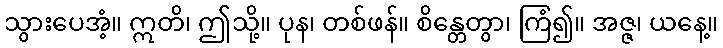
သွားပေအံ့။ ဣတိ၊ ဤသို့။ ပုန၊ တစ်ဖန်။ စိန္တေတွာ၊ ကြံ၍။ အဇ္ဇ၊ ယနေ့။